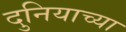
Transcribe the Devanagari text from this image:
दुनियाच्या